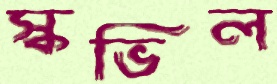
স্কভিল